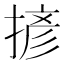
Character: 𢱘